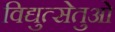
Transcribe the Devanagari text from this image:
विद्युत्सेतुओं